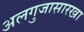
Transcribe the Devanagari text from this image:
अलगुजासारखा